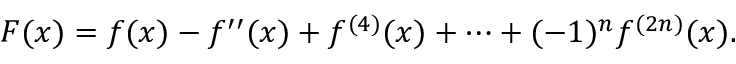
F ( x ) = f ( x ) - f ^ { \prime \prime } ( x ) + f ^ { ( 4 ) } ( x ) + \cdots + ( - 1 ) ^ { n } f ^ { ( 2 n ) } ( x ) .